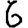
Digit: 6